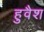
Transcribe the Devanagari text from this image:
हुवैश